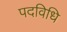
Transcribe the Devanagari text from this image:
पदविधि